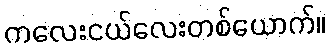
ကလေးငယ်လေးတစ်ယောက်။